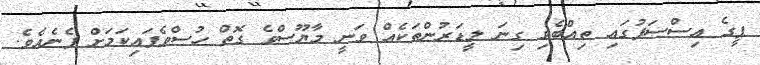
ޕީގެ އިސްސަފުގައި ތިއްބެވި ގިނަ ލީޑަރުންތަކެއް ވަނީ މާޔޫސްވެ ގޮތް ހުސްވެފައިކަމަށް ފެނެއެވެ.